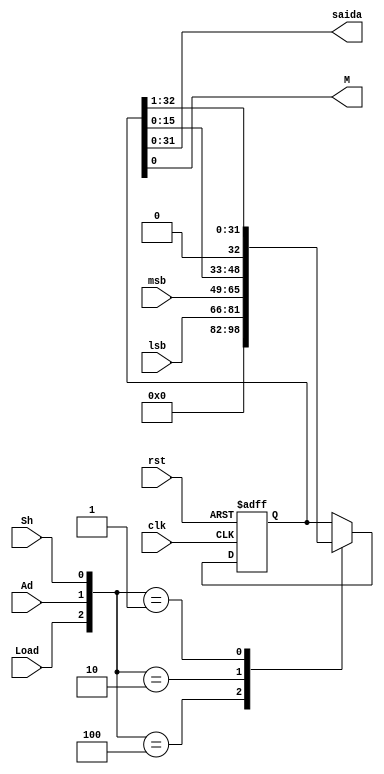
module ACC(clk,rst,Load,Sh,Ad,lsb,msb,saida,M);
		input clk, rst, Load, Sh, Ad;
		input [15:0] lsb;
		input [16:0] msb;
		output [31:0] saida;
		output M;
		
		reg [32:0] mem;
		
		assign saida = mem[31:0];
		assign M = mem[0];
		
		always @(posedge clk, negedge rst) begin
				if(~rst) mem <= 33'd0;
				else
					case({Load,Ad,Sh})
							3'b100: mem <= {17'd0,lsb};
							3'b010: mem <= {msb,mem[15:0]};
							3'b001: mem <= {1'b0,mem[32:1]};
							default: mem <= mem;
					endcase
		end
		
endmodule